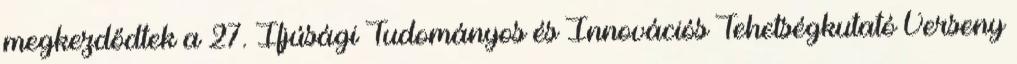
megkezdődtek a 27. Ifjúsági Tudományos és Innovációs Tehetségkutató Verseny